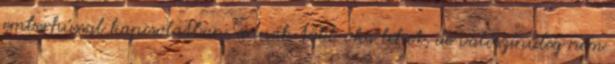
emberhússal kapcsolatban, annak több oka lehet, de valószínűleg nem